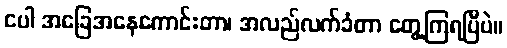
ငပါ အခြေအနေကောင်းတာ၊ အလည်လက်ခံတာ တွေ့ကြရပြီပဲ။